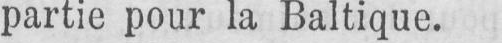
partie pour la Baltique.